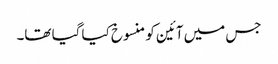
جس میں آئین کو منسوخ کیا گیا تھا۔